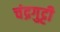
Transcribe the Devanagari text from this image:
चंद्रगुट्टी